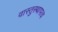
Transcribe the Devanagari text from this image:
वास्तुस्थापत्य